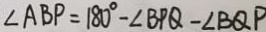
\angle A B P = 1 8 0 ^ { \circ } - \angle B P Q - \angle B Q P